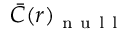
\bar { C } ( r ) _ { \mathrm { ~ n ~ u ~ l ~ l ~ } }